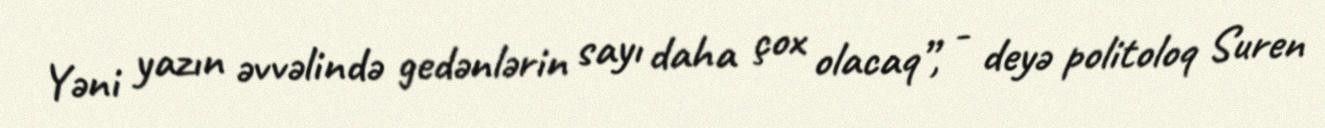
Yəni yazın əvvəlində gedənlərin sayı daha çox olacaq”, - deyə politoloq Suren